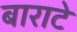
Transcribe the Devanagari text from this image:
बाराटे